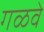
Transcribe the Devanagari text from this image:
गळवे